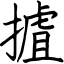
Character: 摣